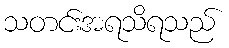
သတင်းအရသိရသည်